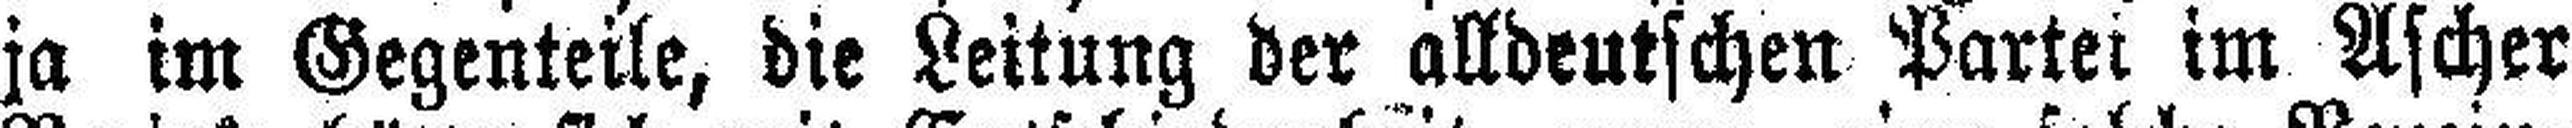
ja im Gegenteile, die Leitung der alldeutschen Partei im Ascher